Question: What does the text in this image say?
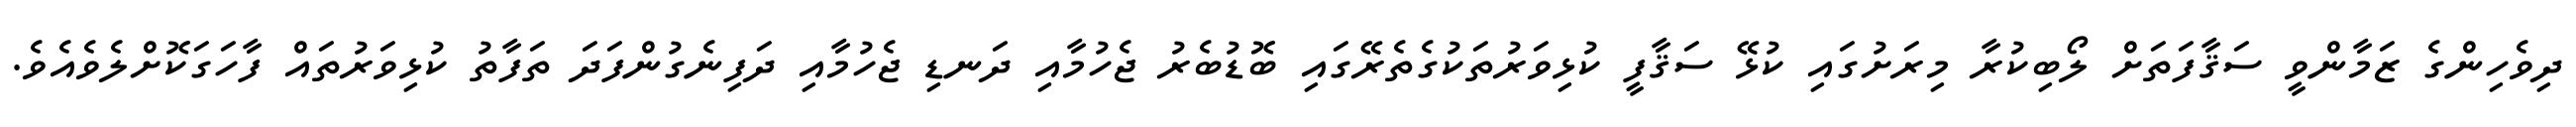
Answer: ދިވެހިންގެ ޒަމާންވީ ސަޤާފަތަށް ލޯބިކުރާ މިރަށުގައި ކުޅޭ ސަޤާފީ ކުޅިވަރުތަކުގެތެރޭގައި ބޮޑުބެރު ޖެހުމާއި ދަނޑި ޖެހުމާއި ދަފިނެގުންފަދަ ތަފާތު ކުޅިވަރުތައް ފާހަގަކޮށްލެވެއެވެ.